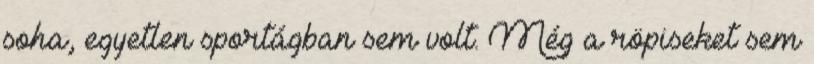
soha, egyetlen sportágban sem volt. Még a röpiseket sem